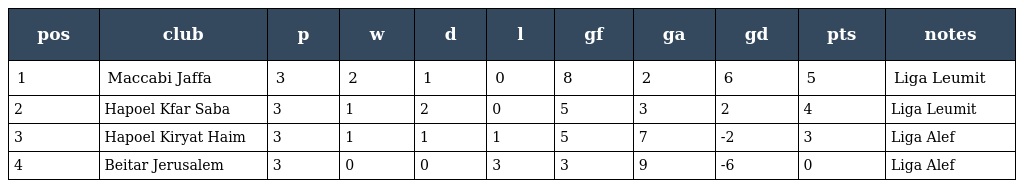
| pos | club | p | w | d | l | gf | ga | gd | pts | notes |
 | --- | --- | --- | --- | --- | --- | --- | --- | --- | --- | --- |
 | 1 | Maccabi Jaffa | 3 | 2 | 1 | 0 | 8 | 2 | 6 | 5 | Liga Leumit |
 | 2 | Hapoel Kfar Saba | 3 | 1 | 2 | 0 | 5 | 3 | 2 | 4 | Liga Leumit |
 | 3 | Hapoel Kiryat Haim | 3 | 1 | 1 | 1 | 5 | 7 | -2 | 3 | Liga Alef |
 | 4 | Beitar Jerusalem | 3 | 0 | 0 | 3 | 3 | 9 | -6 | 0 | Liga Alef |